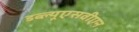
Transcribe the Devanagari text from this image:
डब्ल्यूएसवीएन